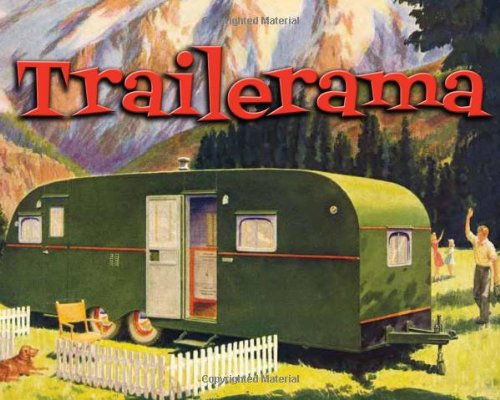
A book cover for Trailerama; Phil Noyes; Engineering & Transportation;